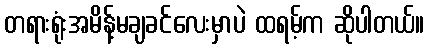
တရားရုံးအမိန့်မချခင်လေးမှာပဲ ထရမ့်က ဆိုပါတယ်။